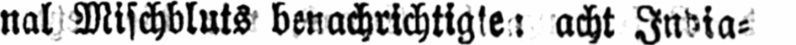
acht India⸗